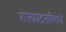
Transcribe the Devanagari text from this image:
राज्यघटनाविरोधी